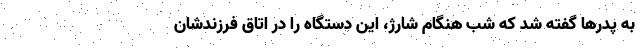
به پدرها گفته شد که شب هنگام شارژ، این دستگاه را در اتاق فرزندشان